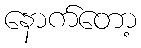
နောက်တော့